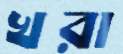
খরা